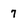
Character: 7